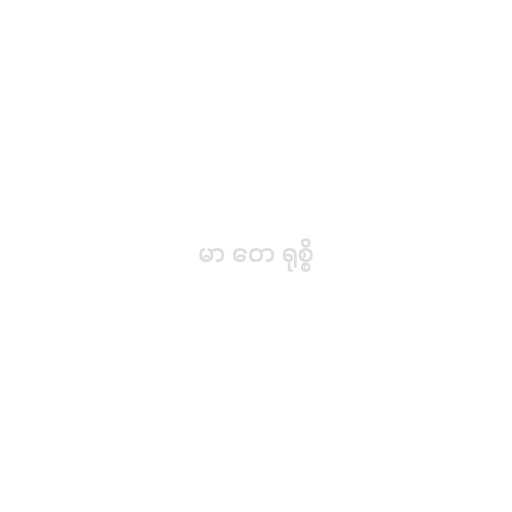
မာ တေ ရုစ္စိ